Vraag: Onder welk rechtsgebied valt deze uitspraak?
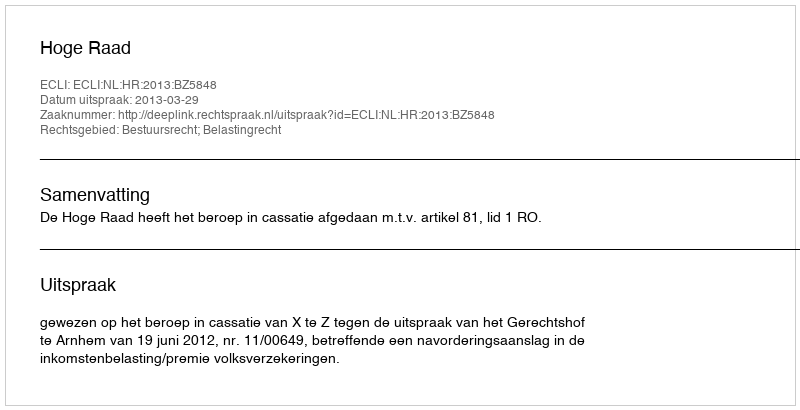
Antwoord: Bestuursrecht; Belastingrecht